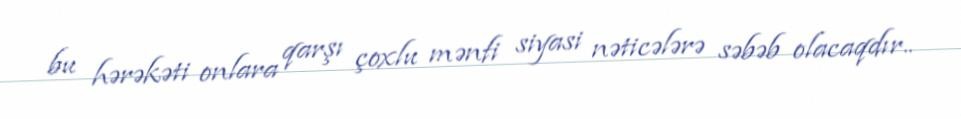
bu hərəkəti onlara qarşı çoxlu mənfi siyasi nəticələrə səbəb olacaqdır..